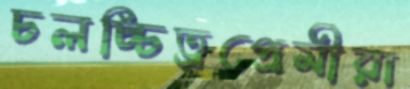
চলচ্চিত্রপ্রেমীরা